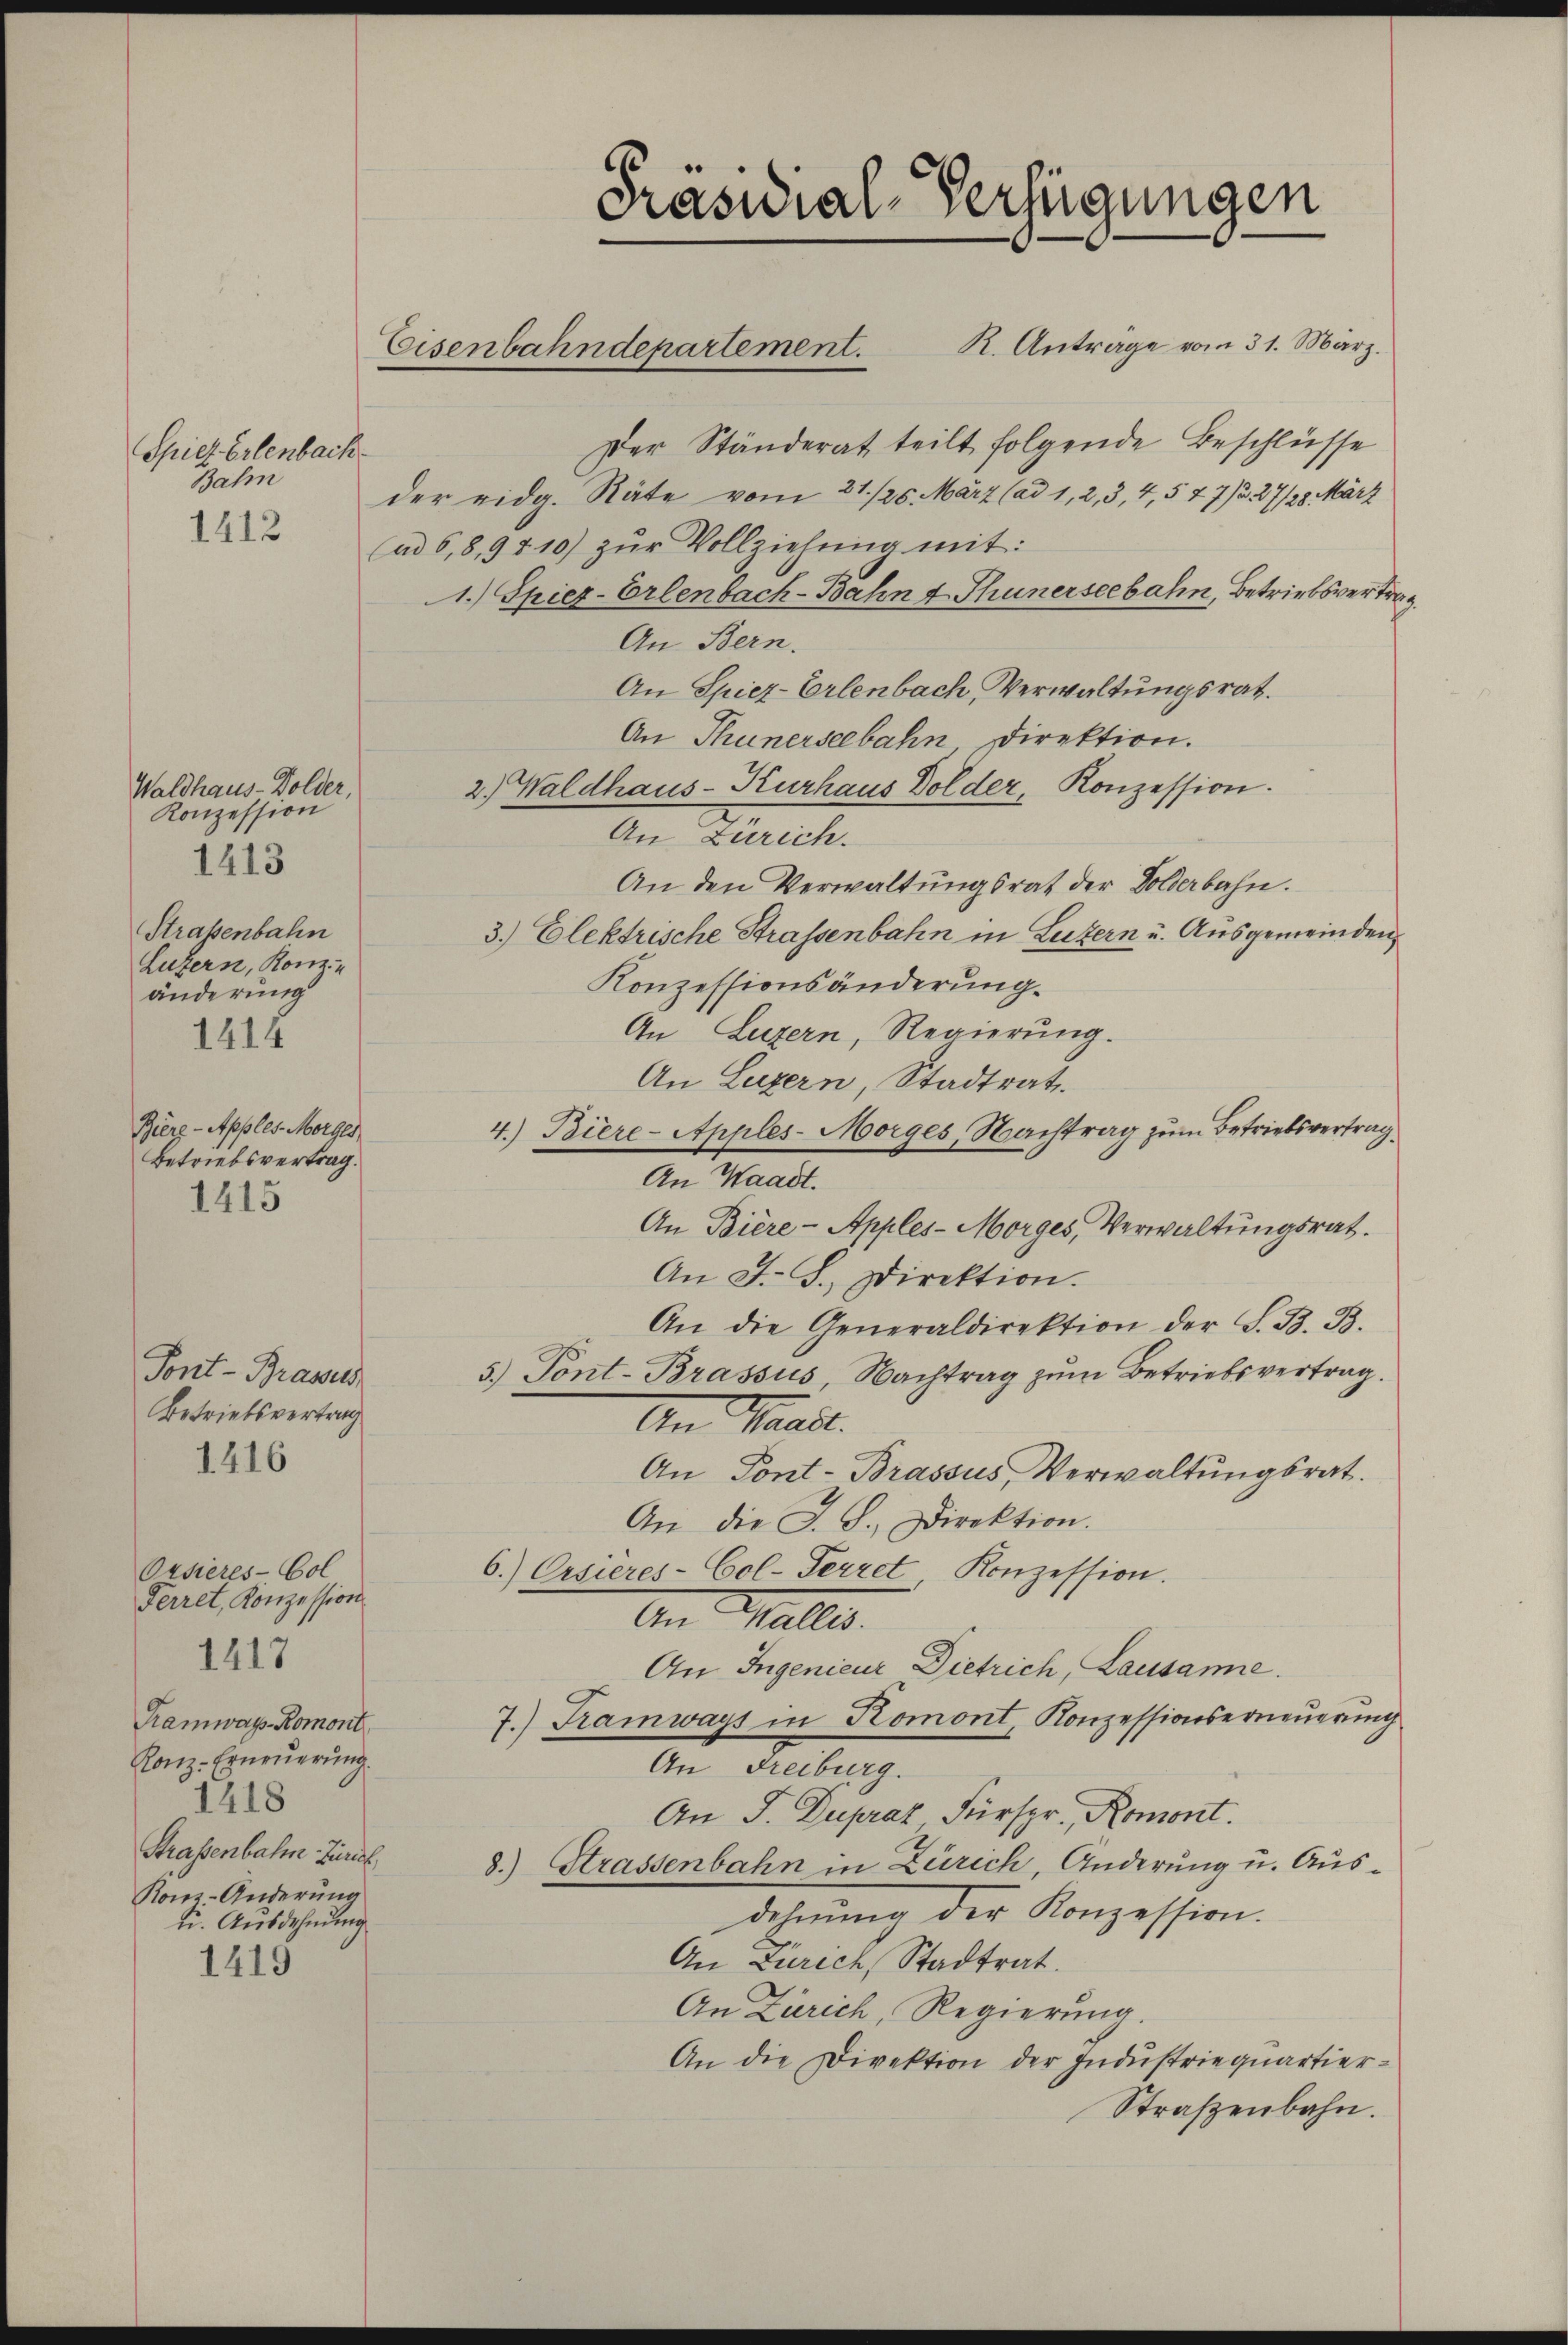
Spiel Erlenbach.
Bahn

1412

Waldhaus-Dolder,
Konzession
1413
Strassenbahn
Luzern, Konze
änderung
1414

Biere-Apples Morges
Betriebsvertrag.
1415

Orsieres-Col
Ferret, Konzession
1417
Tramway-Romont
Ronz-Erneuerung.
1218
Strassenbahn Zürich,
Ronz-Änderung
ti. Ausdehnung

1419

Tont-Brasus
Betriebsvertrag
1416

Der Ständerat teilt folgende Beschlüsse
der eidg. Räte vom 21./26. März (ad 1, 2, 3, 4, 5 77/227/28. März
(ad 6,8,9810) zŭr Vollziehŭng mit:
1.) Spiez-Erlenbach-Bahn u. Thunerseebahn, Betriebsvertrag
An Bern.
An Spiez-Erlenbach, Verwaltungsrat.
An Thunerseebahn Direktion.
2.) Waldhaus-Kurhaus Dolder, Konzession.
An Zürich.
An den Verwaltungsrat der Dolderbahn.
3.) Elektrische Strassenbahn in Luzern u. Ausgemeinden
Konzessionsänderung.
An Luzern, Regierŭng.
An Luzern, Stadtrat.
4.) Biere-Apples-Morges, Nachtrag zum Betriebsvertrag
An Waadt.
An Biere-Apples-Morges, Verwaltungsrat
An F. S., Direktion.
An die Generaldirektion der S. B. B.
5.) Tont-Brassus, Nachtrag zŭm Betriebsvertrag.
An Waadt.
An Pont-Brassus, Verwaltŭngsrat.
An die G. B. Direktion.
6.) Ersieres-Col-Perret, Konzession.
An Malles.
An Ingenieur Dietrich, Lausanne.
7.) Tramways in Komont, Konzessionserneuerung
An Freiburg.
An J. Dupraz Fürspr., Romont.
8.) Strassenbahn in Zürich, Änderung u. Ausdehnung der Konzession.
An Zürich, Stadtrat.
An Zürich, Regierŭng.
An die Direktion der Industriequartier¬
Straßenbahn.

Präsidial-Verfügungen

Eisenbahndepartement. K. Anträge vom 31. März.